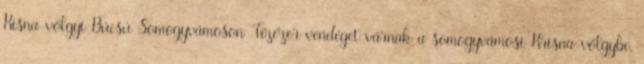
Kisna-völgyi Búcsú Somogyvámoson Tízezer vendéget várnak a somogyvámosi Krisna-völgybe,